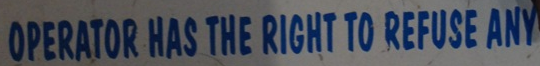
OPERATOR HAS THE RIGHT TO REFUSE ANY